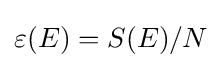
\varepsilon (E)=S(E)/N